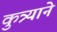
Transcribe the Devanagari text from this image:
कुत्र्याने